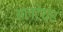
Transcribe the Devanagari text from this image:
अलटेयर